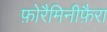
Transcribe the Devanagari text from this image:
फ़ोरैमिनीफ़ैरा